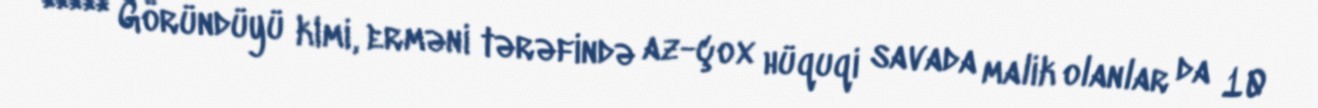
***** Göründüyü kimi, erməni tərəfində az-çox hüquqi savada malik olanlar da 10